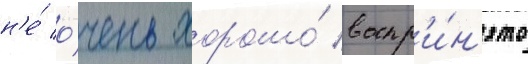
н'е́ о́чень хорошо́ воспр'и́н'ято